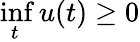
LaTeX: \operatorname*{inf}_{t}u(t)\geq 0